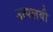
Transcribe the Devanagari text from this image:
उत्पलवी